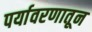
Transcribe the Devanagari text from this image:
पर्यावरणातून